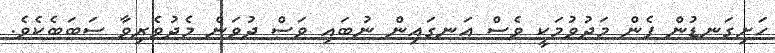
ހަށިގަނޑުން ފެން މަދުވުމަކީ ވެސް އަނގައިން ނުބައި ވަސް ދުވަން މެދުވެރިވާ ސަބަބެކެވެ.